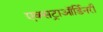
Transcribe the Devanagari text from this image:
एक्सट्राऑर्डिनरी